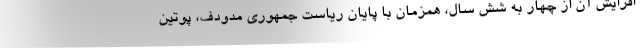
افزایش آن از چهار به شش سال، همزمان با پایان ریاست جمهوری مدودف، پوتین